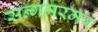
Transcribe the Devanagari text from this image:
सन्गमरमर